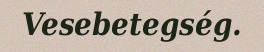
Vesebetegség.